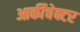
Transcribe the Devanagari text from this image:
आर्कीचेक्टर